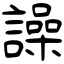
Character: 譟